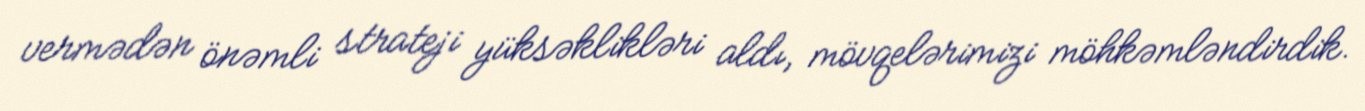
vermədən önəmli strateji yüksəklikləri aldı, mövqelərimizi möhkəmləndirdik.